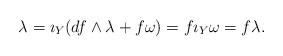
LaTeX: \begin{align*}\lambda = \imath_Y (df\wedge \lambda + f \omega) = f \imath_Y \omega = f \lambda.\end{align*}